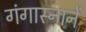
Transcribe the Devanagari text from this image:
गंगास्नानें